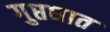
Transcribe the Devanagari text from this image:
गुप्तघात